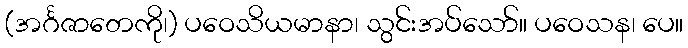
(အင်္ဂဇာတေကို၊) ပဝေသိယမာနာ၊ သွင်းအပ်သော်။ ပဝေသန၊ ပေ။